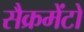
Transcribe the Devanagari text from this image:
सैक्रमेंटो